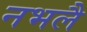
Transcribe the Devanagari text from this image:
नभलै